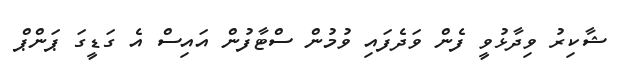
ޝާކިރު ވިދާޅުވީ ފެން ވަދެފައި ވުމުން ސްޓާފުން އައިސް އެ ގަޑީގަ ޕަންޕް